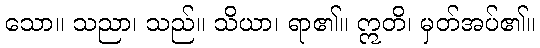
သော။ သညာ၊ သည်။ သိယာ၊ ရာ၏။ ဣတိ၊ မှတ်အပ်၏။